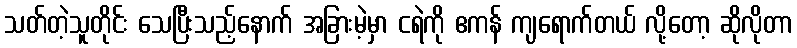
သတ်တဲ့သူတိုင်း သေပြီးသည့်နောက် အခြားမဲ့မှာ ငရဲကို ဧကန် ကျရောက်တယ် လို့တော့ ဆိုလိုတာ